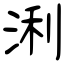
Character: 浰